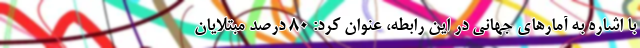
با اشاره به آمارهای جهانی در این رابطه، عنوان کرد: ۸۰ درصد مبتلایان